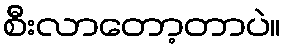
စီးလာတော့တာပဲ။